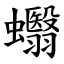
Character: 蠮